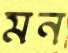
মন